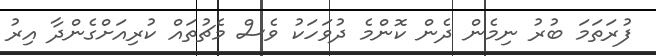
ފުރަތަމަ ބުރު ނިމެން ދެން ކޮންމެ ދުވަހަކު ވެސް މެޗުތައް ކުރިއަށްގެންދާ އިރު